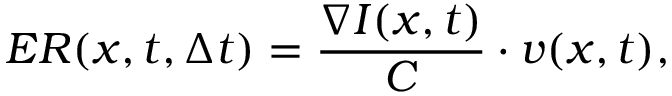
E R ( \boldsymbol { x } , t , \Delta t ) = \frac { \nabla I ( \boldsymbol { x } , t ) } { C } \cdot \boldsymbol { v } ( \boldsymbol { x } , t ) ,